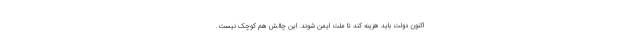
اکنون دولت باید هزینه کند تا ملت ایمن شوند. این چالش هم کوچک نیست.